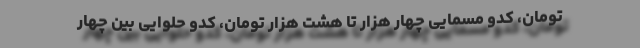
تومان، کدو مسمایی چهار هزار تا هشت هزار تومان، کدو حلوایی بین چهار